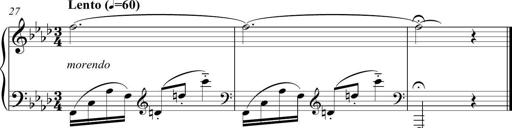
Title: Sonatina del HuÃ©car
Composer: JosÃ© Miguel Moreno Sabio